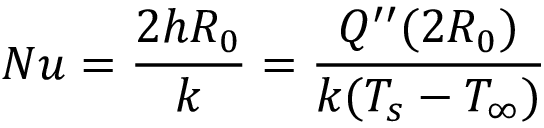
N u = \frac { 2 h R _ { 0 } } { k } = \frac { Q ^ { \prime \prime } ( 2 R _ { 0 } ) } { k ( T _ { s } - T _ { \infty } ) }